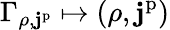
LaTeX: \Gamma_{\rho,\mathbf{j}^{\mathrm{p}}}\mapsto(\rho,\mathbf{j}^{\mathrm{p}})